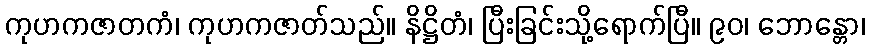
ကုဟကဇာတကံ၊ ကုဟကဇာတ်သည်။ နိဋ္ဌိတံ၊ ပြီးခြင်းသို့ရောက်ပြီ။ ၉၀၊ ဘောန္တော၊